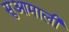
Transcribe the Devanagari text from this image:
सुआमाली